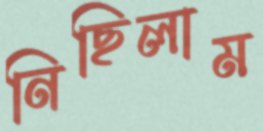
নিছিলাম